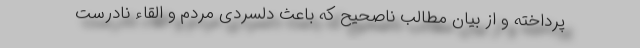
پرداخته و از بیان مطالب ناصحیح که باعث دلسردی مردم و القاء نادرست